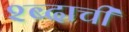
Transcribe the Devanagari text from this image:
श्ब्दाची